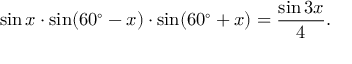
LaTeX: \sin x \cdot \sin ( 6 0 ^ { \circ } - x ) \cdot \sin ( 6 0 ^ { \circ } + x ) = { \frac { \sin 3 x } { 4 } } .